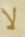
لا